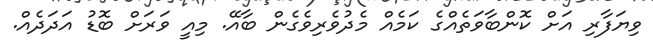
ވިޔަފާރި އަށް ކޮންބާވަތެއްގެ ކަމެއް މެދުވެރިވެގެން ބާއޭ. މިއީ ވަރަށް ބޮޑު އަދަދެއް.